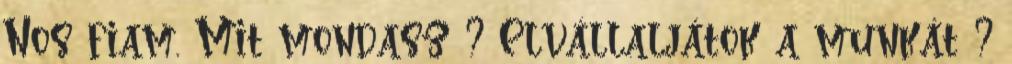
Nos fiam. Mit mondasz ? Elvállaljátok a munkát ?